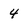
Character: 4